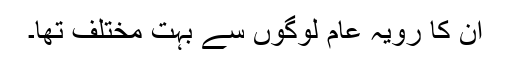
ان کا رویہ عام لوگوں سے بہت مختلف تھا۔